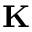
\mathbf { K }